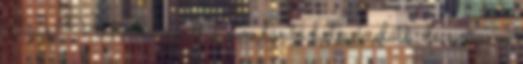
Csáki Viktória izgult a sorsdöntő hetesek előtt, de mégsem